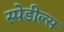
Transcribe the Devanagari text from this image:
स्पेडील्स